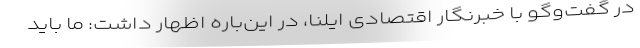
در گفت‌وگو با خبرنگار اقتصادی ایلنا، در این‌باره اظهار داشت: ما باید